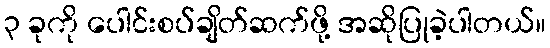
၃ ခုကို ပေါင်းစပ်ချိတ်ဆက်ဖို့ အဆိုပြုခဲ့ပါတယ်။